Civil Veterinary Department Bihar & Orissa reports 1929-36 - 1929-1936
Year: 1929
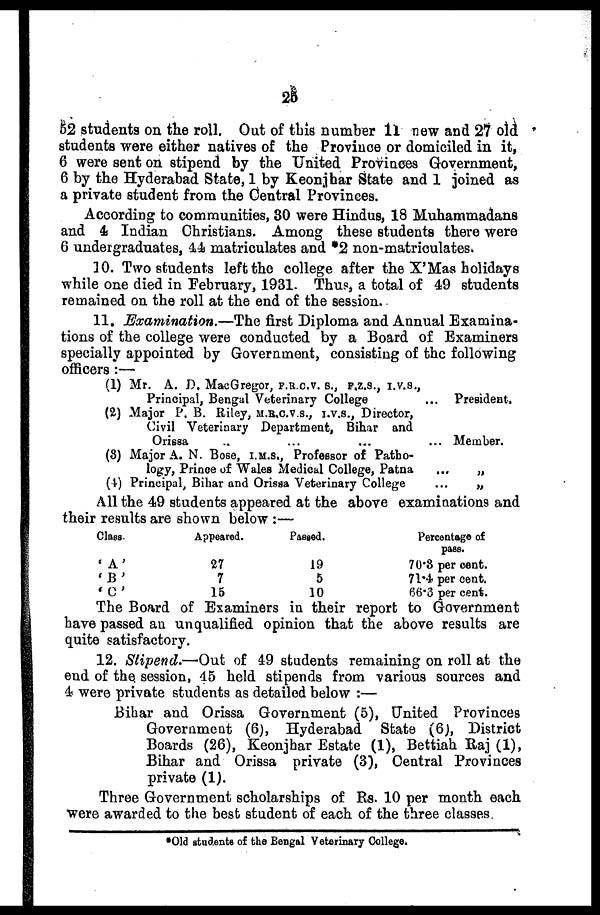
25
62 students on the roll. Out of this number 11 new and 27 old
students were either natives of the Province or domiciled in it,
6 were sent on stipend by the United Provinces Government,
6 by the Hyderabad State, 1 by Keonjhar State and 1 joined as
a private student from the Central Provinces.
According to communities, 30 were Hindus, 18 Muhammadans
and 4 Indian Christians. Among these students there were
6 undergraduates, 44 matriculates and *2 non-matriculates.
10. Two students left the college after the X'Mas holidays
while one died in February, 1931. Thus, a total of 49 students
remained on the roll at the end of the session.
11. Examination.—The first Diploma and Annual Examina-
tions of the college were conducted by a Board of Examiners
specially appointed by Government, consisting of the following
officers:—
(1) Mr.
A. D. Mac Gregor, F.R.C.V.S., F.Z.S., I.V.S.,
Principal, Bengal Veterinary College ...
(2) Major P. B. Riley, M.R.C.V.S., I.V.S., Director,
Civil Veterinary Department, Bihar and
Orissa ...
(8) Major A. N. Bose, I.M.S., Professor of Patho-
logy, Prince of Wales Medical College, Patna ...
(4) Principal , Bihar and Orissa Veterinary College ...
President.
Member.
„
„
All the 49 students appeared at the above examinations and
their results are shown below:—
Class.
' A '
' B '
' C '
Appeared.
27
7
15
Passed.
19
5
10
Percentage of
pass.
70.3 per cent.
71.4 per cent.
66.3 per cent.
The Board of Examiners in their report to Government
have passed an unqualified opinion that the above results are
quite satisfactory.
12. Stipend.—Out of 49 students remaining on roll at the
end of the session, 45 held stipends from various sources and
4 were private students as detailed below:—
Bihar and Orissa Government (5), United Provinces
Government (6), Hyderabad State (6), District
Boards (26), Keonjhar Estate (1), Bettiah Raj (1),
Bihar and Orissa private (3), Central Provinces
private (1).
Three Government scholarships of Rs. 10 per month each
were awarded to the best student of each of the three classes.
*Old students of the Bengal Veterinary College.